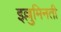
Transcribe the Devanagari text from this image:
इल्लुमिनती